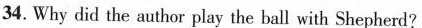
34. Why did the author play the ball with Shepherd?